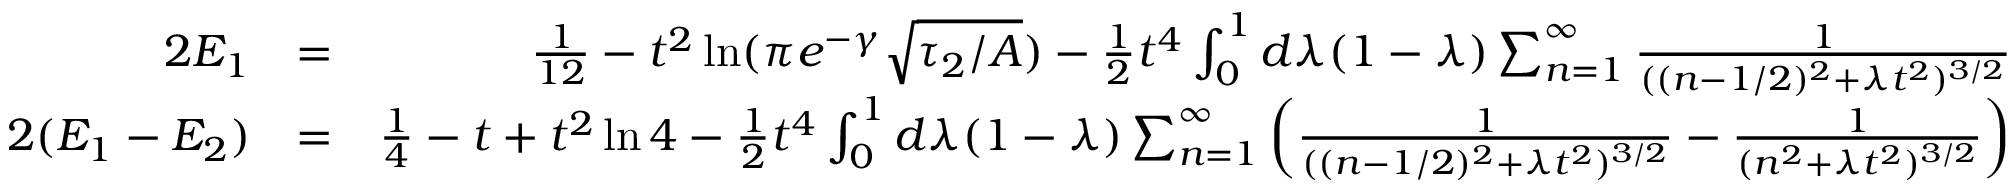
\begin{array} { r l r } { 2 E _ { 1 } } & { = } & { { \frac { 1 } { 1 2 } } - t ^ { 2 } \ln ( \pi e ^ { - \gamma } \sqrt { \tau _ { 2 } / A } ) - { \frac { 1 } { 2 } } t ^ { 4 } \int _ { 0 } ^ { 1 } d \lambda ( 1 - \lambda ) \sum _ { n = 1 } ^ { \infty } { \frac { 1 } { ( ( n - 1 / 2 ) ^ { 2 } + \lambda t ^ { 2 } ) ^ { 3 / 2 } } } } \\ { 2 ( E _ { 1 } - E _ { 2 } ) } & { = } & { { \frac { 1 } { 4 } } - t + t ^ { 2 } \ln 4 - { \frac { 1 } { 2 } } t ^ { 4 } \int _ { 0 } ^ { 1 } d \lambda ( 1 - \lambda ) \sum _ { n = 1 } ^ { \infty } \left( { \frac { 1 } { ( ( n - 1 / 2 ) ^ { 2 } + \lambda t ^ { 2 } ) ^ { 3 / 2 } } } - { \frac { 1 } { ( n ^ { 2 } + \lambda t ^ { 2 } ) ^ { 3 / 2 } } } \right) } \end{array}